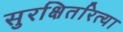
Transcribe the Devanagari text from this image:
सुरक्षितरित्या